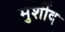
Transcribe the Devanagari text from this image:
मुर्शीद